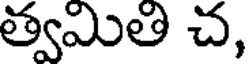
త్వమితి చ,